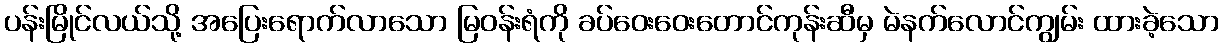
ပန်းမြိုင်လယ်သို့ အပြေးရောက်လာသော မြဝန်းရံကို ခပ်ဝေးဝေးတောင်ကုန်းဆီမှ မဲနက်လောင်ကျွမ်း ထားခဲ့သော